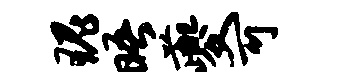
瑰晤夔可